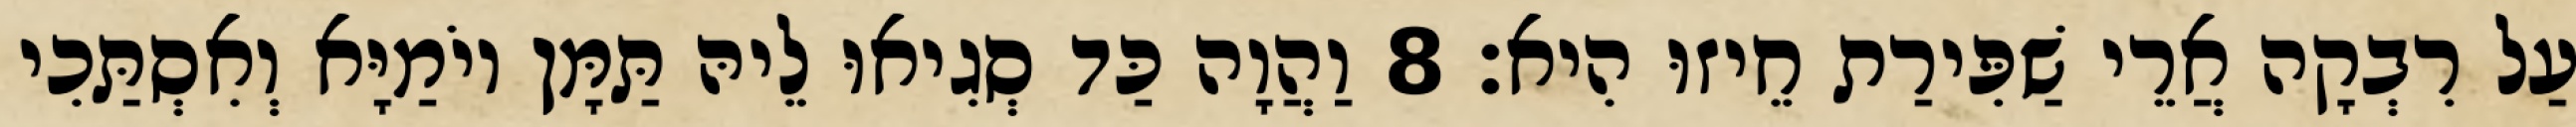
עַל רִבְקָה אֲרֵי שַׁפִּירַת חֵיזוּ הִיא׃ 8 וַהֲוָה כַּד סְגִיאוּ לֵיהּ תַּמָּן יוֹמַיָּא וְאִסְתַּכִי